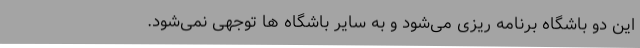
این دو باشگاه برنامه ریزی می‌شود و به سایر باشگاه ها توجهی نمی‌شود.